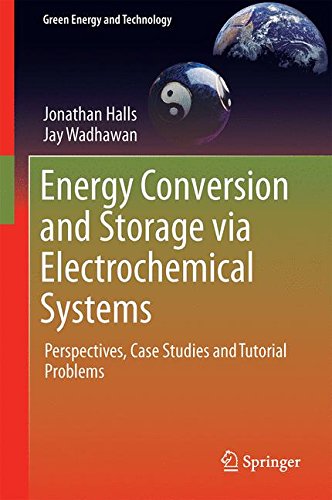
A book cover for Energy Conversion and Storage via Electrochemical Systems: Perspectives, Case Studies and Tutorial Problems (Green Energy and Technology); Jonathan Halls; Engineering & Transportation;